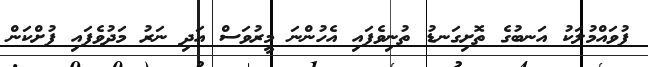
ފުވައްމުލަކު އަނބުގެ ތޮށިގަނޑު ތުނިވެފައި އެހުންނަ މީރުވަސް އަދި ނަރު މަދުވެފައި ފުށްކަން